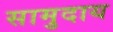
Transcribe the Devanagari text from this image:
सामुदाय